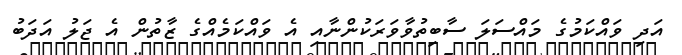
އަދި ވައްކަމުގެ މައްސަލަ ސާބިތުވާވަރަކުންނާއި އެ ވައްކަމެއްގެ ޒާތުން އެ ޖަލު އަދަބު